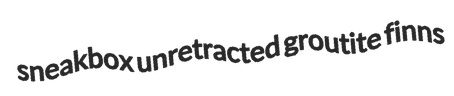
sneakbox unretracted groutite finns